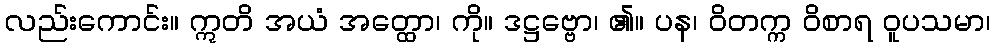
လည်းကောင်း။ ဣတိ အယံ အတ္ထော၊ ကို။ ဒဋ္ဌဗ္ဗော၊ ၏။ ပန၊ ဝိတက္က ဝိစာရ ဝူပသမာ၊